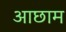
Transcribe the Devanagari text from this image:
आछाम